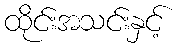
ထိုင်းအသင်းနှင့်